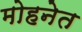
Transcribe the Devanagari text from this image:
मोहनेत